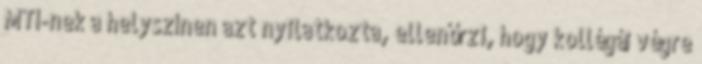
MTI-nek a helyszínen azt nyilatkozta, ellenőrzi, hogy kollégái végre